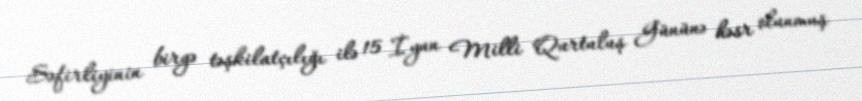
Səfirliyinin birgə təşkilatçılığı ilə 15 İyun Milli Qurtuluş Gününə həsr olunmuş